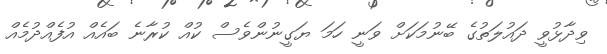
ވިދާޅުވީ ދައުލަތުގެ ބޭނުމަކަށް ވަނީ ހަމަ ޔަގީނުންވެސް ކުއް ކުރާނެ ބައެއް އުފެއްދުމެއް